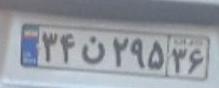
۳۴ن۲۹۵۳۶